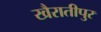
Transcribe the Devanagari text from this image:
खैरातीपुर